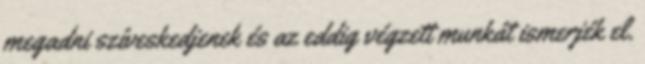
megadni szíveskedjenek és az eddig végzett munkát ismerjék el.